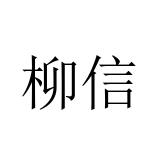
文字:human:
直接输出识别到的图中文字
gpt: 柳信